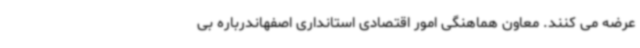
عرضه می کنند. معاون هماهنگی امور اقتصادی استانداری اصفهاندرباره بی